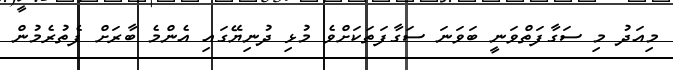
މިއަދު މި ސަގާފަތްވަނީ ބަވަނަ ސަގާފަތަކަށްވެ މުޅި ދުނިޔޭގައި އެންމެ ބާރަށް ފެތުރެމުން